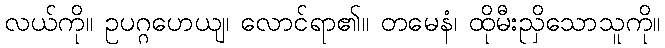
လယ်ကို။ ဥပဂ္ဂဟေယျ၊ လောင်ရာ၏။ တမေနံ၊ ထိုမီးညှိသောသူကို။